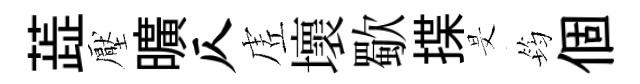
蕋壓曠仄虗壞歜揲旻筠個